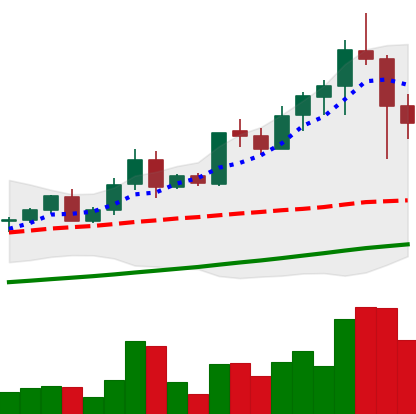
Ticker: LTC-USD
Chart end date: 2021-04-19
Forward return: -14.158%
Label: down_7plus